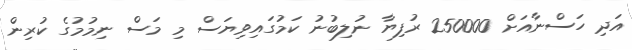
އަދި ހަސްނާއަށް 250000 ރުފިޔާ ނުލިބުނު ކަމުގައިވިޔަސް މި މަސް ނިމުމުގެ ކުރިން